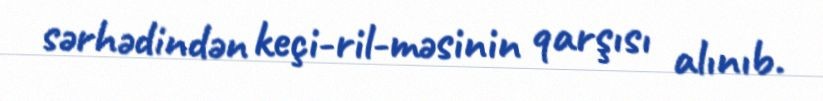
sərhədindən keçi­ril­məsinin qarşısı alınıb.